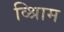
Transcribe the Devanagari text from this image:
व्श्रिाम